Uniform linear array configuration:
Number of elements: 4
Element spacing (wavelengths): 0.25
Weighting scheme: binomial
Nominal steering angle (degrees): -60
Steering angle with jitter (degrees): -60.638
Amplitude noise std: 0.05
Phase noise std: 0.05

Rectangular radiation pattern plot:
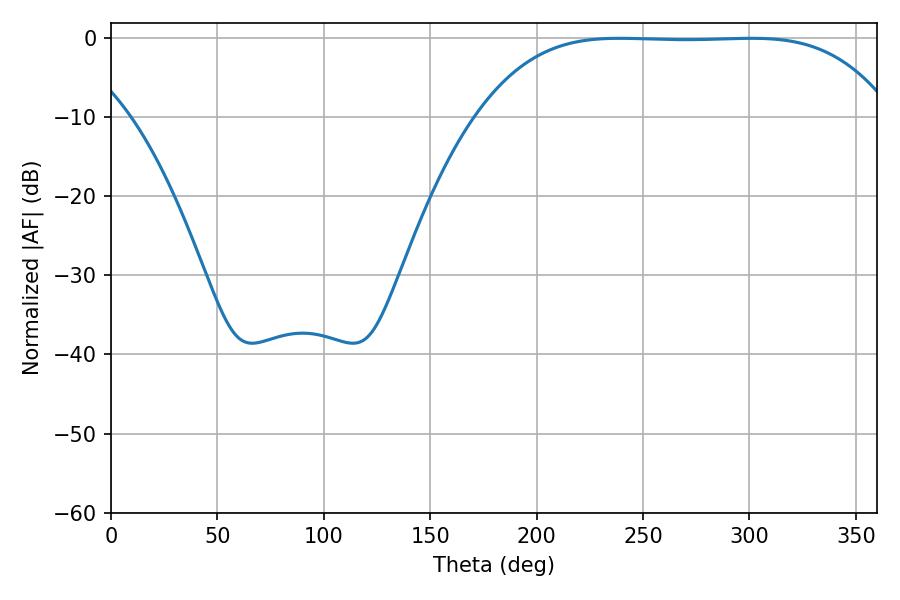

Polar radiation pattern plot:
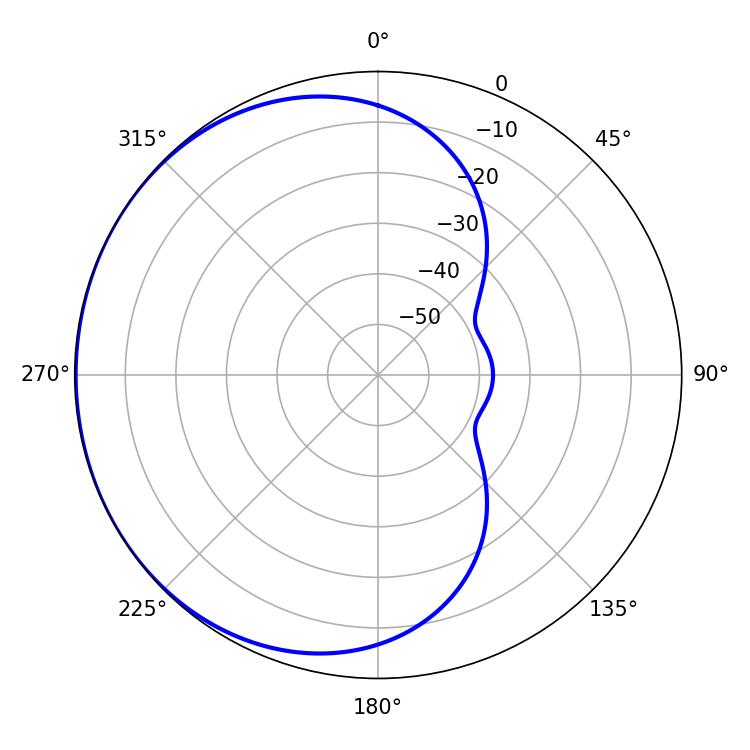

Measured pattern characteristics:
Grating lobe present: FALSE
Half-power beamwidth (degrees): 148.68
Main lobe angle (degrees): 239.04